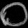
Digit: ၀